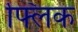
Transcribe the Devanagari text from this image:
फ्‍लिक